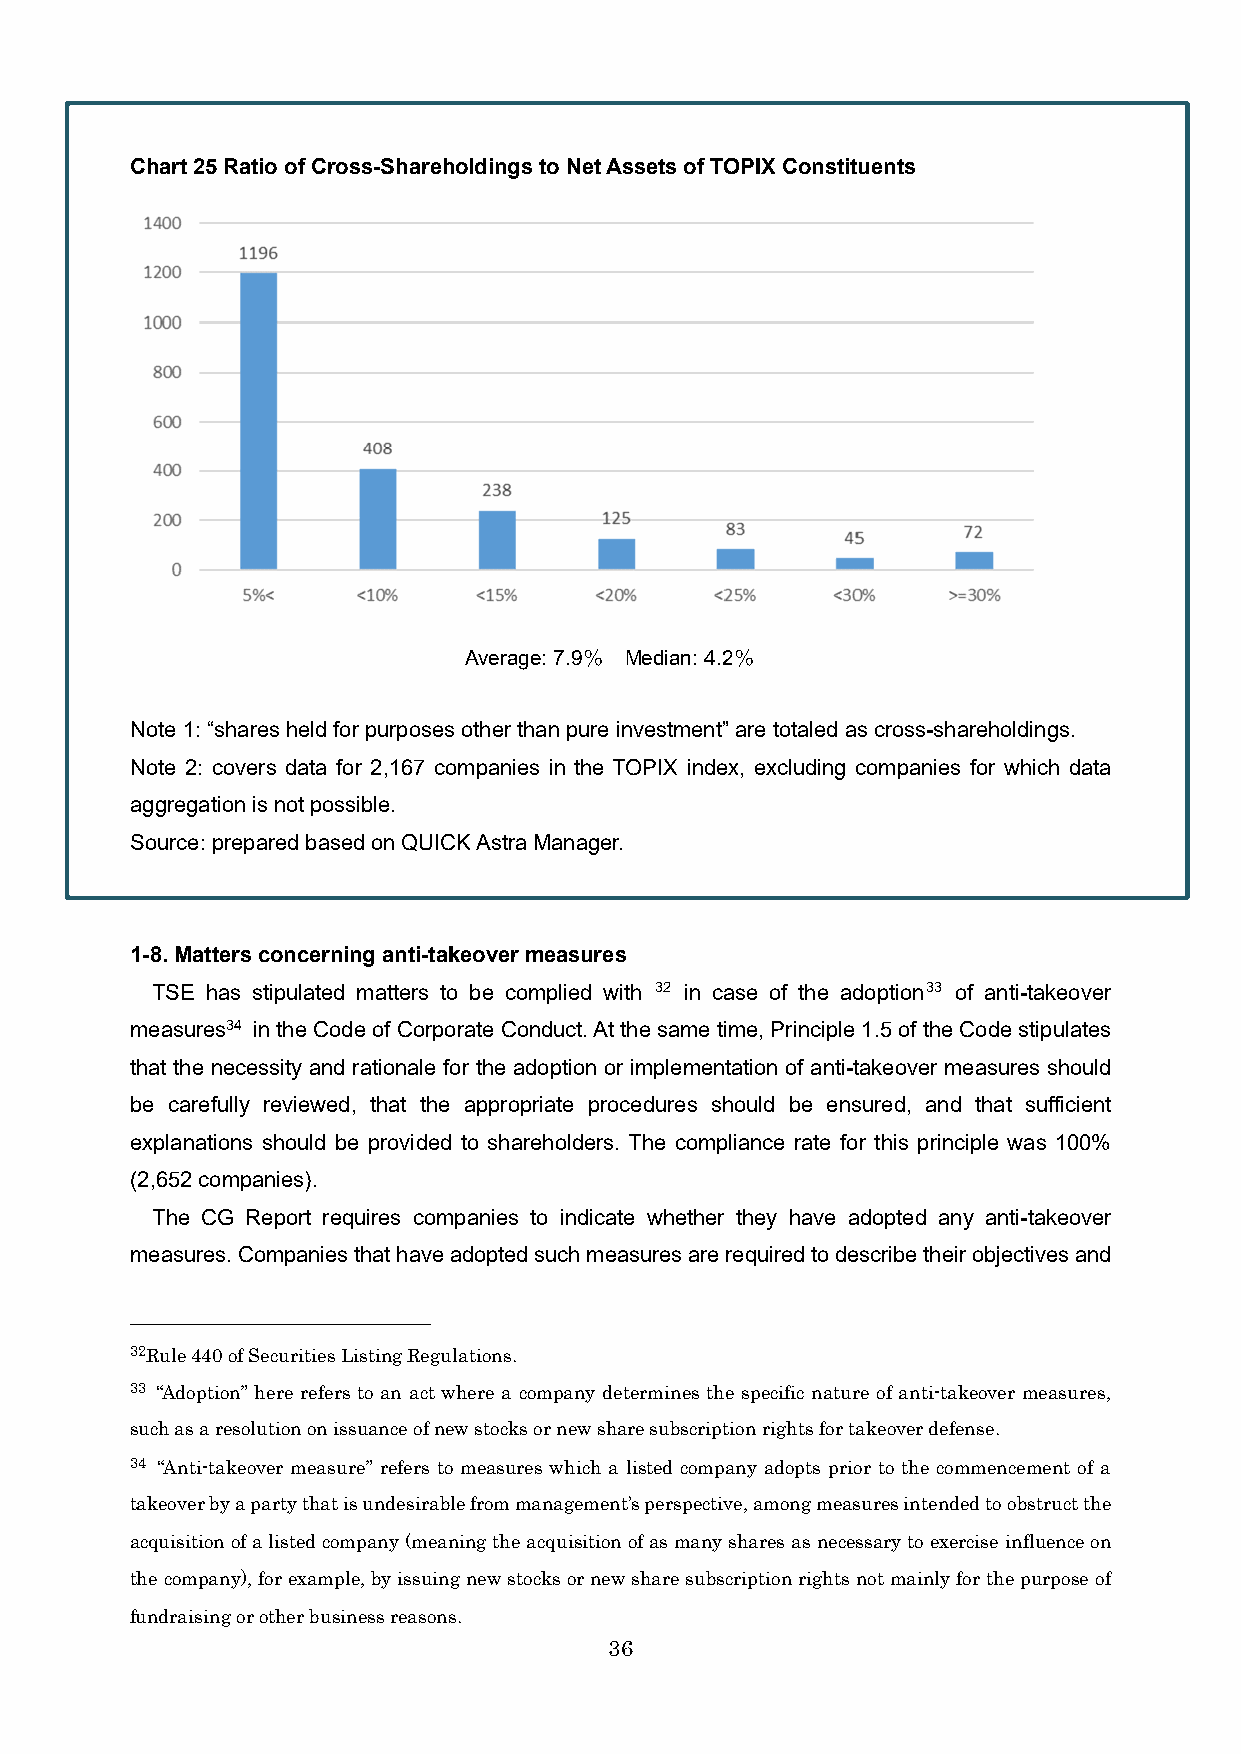
Chart 25 Ratio of Cross-Shareholdings to Net Assets of TOPIX Constituents
 Average: 7.9％ Median: 4.2％
 Note 1: “shares held for purposes other than pure investment” are totaled as cross-shareholdings.
 Note 2: covers data for 2,167 companies in the TOPIX index, excluding companies for which data
 aggregation is not possible.
 Source: prepared based on QUICK Astra Manager.
 1-8. Matters concerning anti-takeover measures
 TSE has stipulated matters to be complied with 32 in case of the adoption33 of anti-takeover
 measures34 in the Code of Corporate Conduct. At the same time, Principle 1.5 of the Code stipulates
 that the necessity and rationale for the adoption or implementation of anti-takeover measures should
 be carefully reviewed, that the appropriate procedures should be ensured, and that sufficient
 explanations should be provided to shareholders. The compliance rate for this principle was 100%
 (2,652 companies).
 The CG Report requires companies to indicate whether they have adopted any anti-takeover
 measures. Companies that have adopted such measures are required to describe their objectives and
 32Rule 440 of Securities Listing Regulations.
 33 “Adoption” here refers to an act where a company determines the specific nature of anti-takeover measures,
 such as a resolution on issuance of new stocks or new share subscription rights for takeover defense.
 34 “Anti-takeover measure” refers to measures which a listed company adopts prior to the commencement of a
 takeover by a party that is undesirable from management’s perspective, among measures intended to obstruct the
 acquisition of a listed company (meaning the acquisition of as many shares as necessary to exercise influence on
 the company), for example, by issuing new stocks or new share subscription rights not mainly for the purpose of
 fundraising or other business reasons.
 36